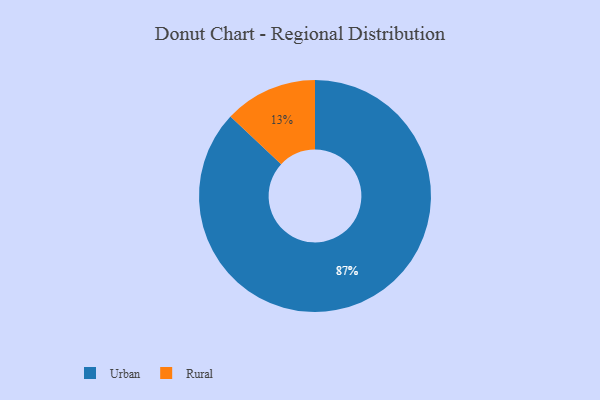
{"axis": {"x": "Category", "y": "Percentage"}, "legend": ["Rural", "Urban"], "data": [{"x": "Urban", "y": 87, "type": "Urban"}, {"x": "Rural", "y": 13, "type": "Rural"}]}